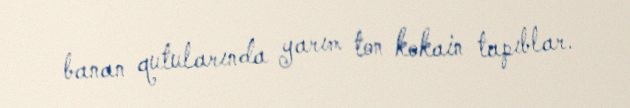
banan qutularında yarım ton kokain tapıblar.